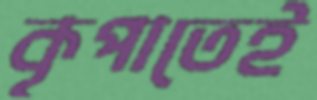
কৃপাতেই